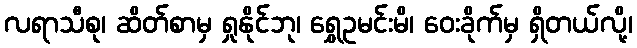
လရာသီစု၊ ဆိတ်စာမှ ရှုနိုင်ဘု၊ ရွှေဥမင်းမိ၊ ဝေးခိုက်မှ ရှိတယ်လို့၊